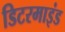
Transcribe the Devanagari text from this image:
डिटरमाइंड